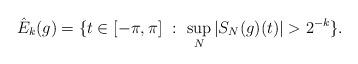
LaTeX: \begin{align*}\hat{E}_k(g) = \{t \in [-\pi, \pi]\ :\ \sup_N |S_N(g)(t)| > 2^{-k}\}.\end{align*}